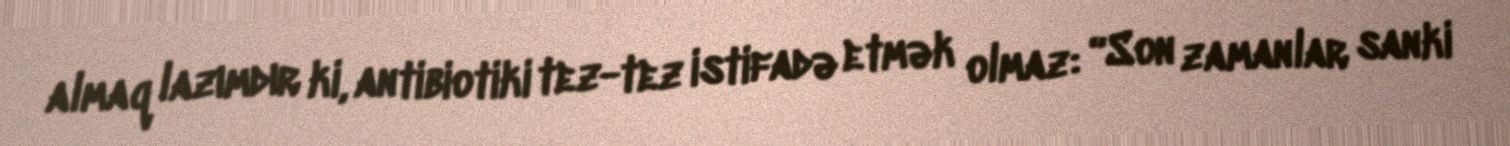
almaq lazımdır ki, antibiotiki tez-tez istifadə etmək olmaz: “Son zamanlar sanki